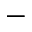
-